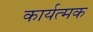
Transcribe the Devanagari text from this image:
कार्यत्मक